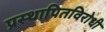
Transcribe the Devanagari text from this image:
प्रस्थापितविरोधी